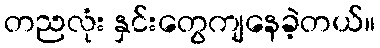
တညလုံး နှင်းတွေကျနေခဲ့တယ်။